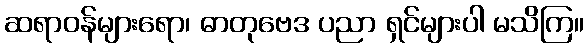
ဆရာဝန်များရော၊ ဓာတုဗေဒ ပညာ ရှင်များပါ မသိကြ။